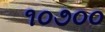
૧૦૭૦૦